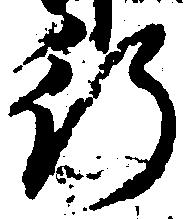
行